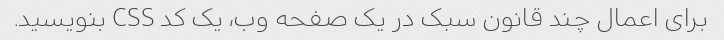
برای اعمال چند قانون سبک در یک صفحه وب، یک کد CSS بنویسید.